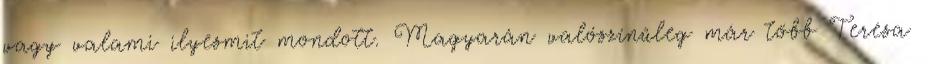
vagy valami ilyesmit mondott. Magyarán valószínűleg már több Teresa